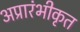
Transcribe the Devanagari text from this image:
अप्रारंभीकृत